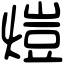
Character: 𤍈